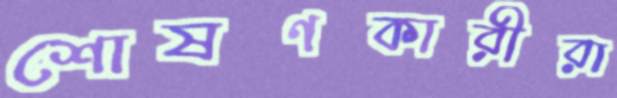
শোষণকারীরা